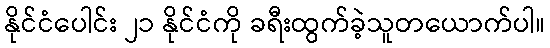
နိုင်ငံပေါင်း ၂၁ နိုင်ငံကို ခရီးထွက်ခဲ့သူတယောက်ပါ။